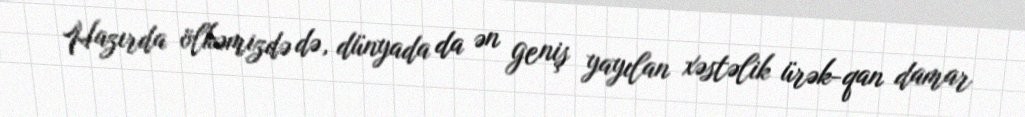
Hazırda ölkəmizdə də, dünyada da ən geniş yayılan xəstəlik ürək-qan damar